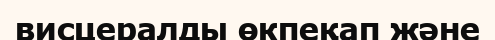
висцералды өкпеқап және